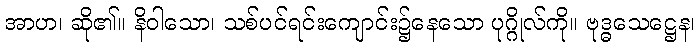
အာဟ၊ ဆို၏။ နိဝါသော၊ သစ်ပင်ရင်းကျောင်း၌နေသော ပုဂ္ဂိုလ်ကို။ ဗုဒ္ဓသေဋ္ဌေန၊